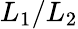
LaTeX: L_{1}/L_{2}